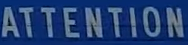
ATTENTION